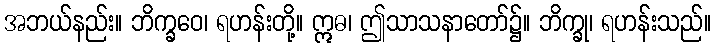
အဘယ်နည်း။ ဘိက္ခဝေ၊ ရဟန်းတို့။ ဣဓ၊ ဤသာသနာတော်၌။ ဘိက္ခု၊ ရဟန်းသည်။